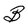
Character: B